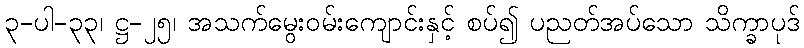
၃-ပါ-၃၃၊ ဋ္ဌ-၂၅၊ အသက်မွေးဝမ်းကျောင်းနှင့် စပ်၍ ပညတ်အပ်သော သိက္ခာပုဒ်